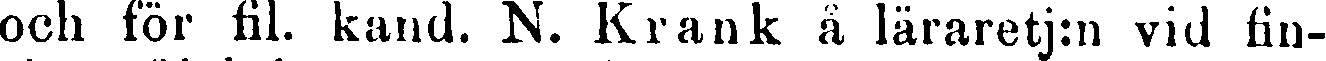
och för fil. kand. N. Krank å läraretj:n vid fin-